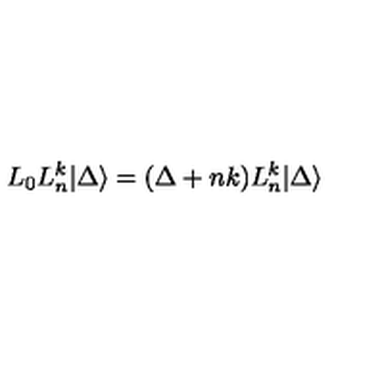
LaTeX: L _ { 0 } L _ { n } ^ { k } | \Delta \rangle = ( \Delta + n k ) L _ { n } ^ { k } | \Delta \rangle